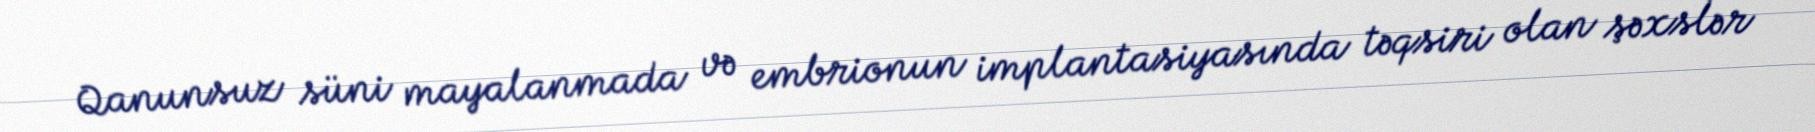
Qanunsuz süni mayalanmada və embrionun implantasiyasında təqsiri olan şəxslər